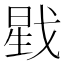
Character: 戥